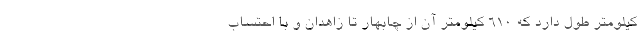
کیلومتر طول دارد که ۶۱۰ کیلومتر آن از چابهار تا زاهدان و با احتساب